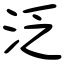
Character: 泛